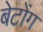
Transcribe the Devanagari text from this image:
बेटोंग